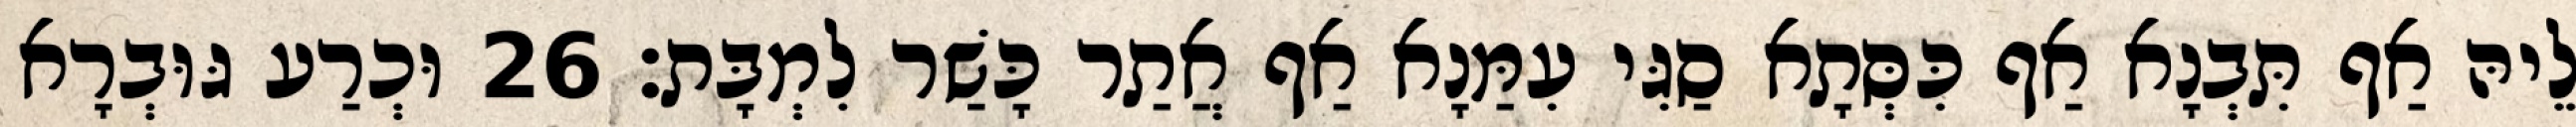
לֵיהּ אַף תִּבְנָא אַף כִּסְּתָא סַגִּי עִמַּנָא אַף אֲתַר כָּשַׁר לִמְבָּת׃ 26 וּכְרַע גּוּבְרָא